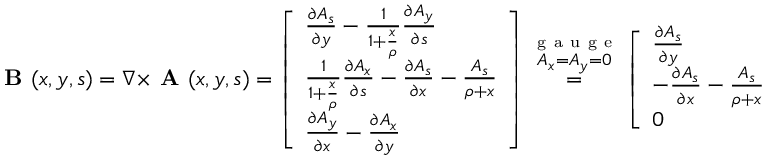
\textbf { B } ( x , y , s ) = \nabla \times \textbf { A } ( x , y , s ) = \left[ \begin{array} { l } { \frac { \partial A _ { s } } { \partial y } - \frac { 1 } { 1 + \frac { x } { \rho } } \frac { \partial A _ { y } } { \partial s } } \\ { \frac { 1 } { 1 + \frac { x } { \rho } } \frac { \partial A _ { x } } { \partial s } - \frac { \partial A _ { s } } { \partial x } - \frac { A _ { s } } { \rho + x } } \\ { \frac { \partial A _ { y } } { \partial x } - \frac { \partial A _ { x } } { \partial y } } \end{array} \right] \overset { \overset { \mathrm { ~ g ~ a ~ u ~ g ~ e ~ } } { A _ { x } = A _ { y } = 0 } } { = } \left[ \begin{array} { l } { \frac { \partial A _ { s } } { \partial y } } \\ { - \frac { \partial A _ { s } } { \partial x } - \frac { A _ { s } } { \rho + x } } \\ { 0 } \end{array} \right] \; .